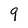
Character: 9